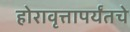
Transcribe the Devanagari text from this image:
होरावृत्तापर्यंतचे